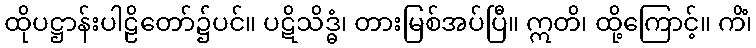
ထိုပဋ္ဌာန်းပါဠိတော်၌ပင်။ ပဋိသိဒ္ဓံ၊ တားမြစ်အပ်ပြီ။ ဣတိ၊ ထို့ကြောင့်။ ကိံ၊